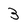
Character: 3